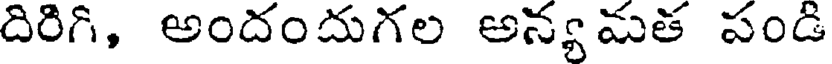
దిరిగి, అందందుగల అన్య మత పండి